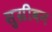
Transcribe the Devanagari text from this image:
सुग्रीवन